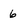
Character: 6